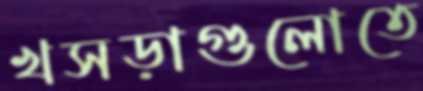
খসড়াগুলোতে